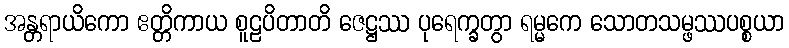
အန္တရာယိကော ဧတ္တိကာယ စူဠပိတာတိ ဇေဋ္ဌဿ ပုရေက္ခတွာ ရမ္မကေ သောတသမ္ဖဿပစ္စယာ